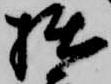
拙